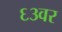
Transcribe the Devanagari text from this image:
६३वर